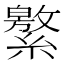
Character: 𦅾